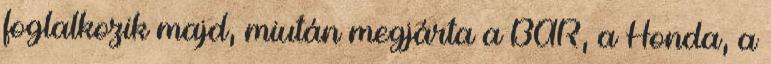
foglalkozik majd, miután megjárta a BAR, a Honda, a